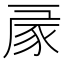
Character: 𧰳